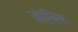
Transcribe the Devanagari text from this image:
ज़ोम्बिस